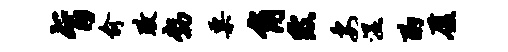
旨俞政勃粟角陂安湿酌厦